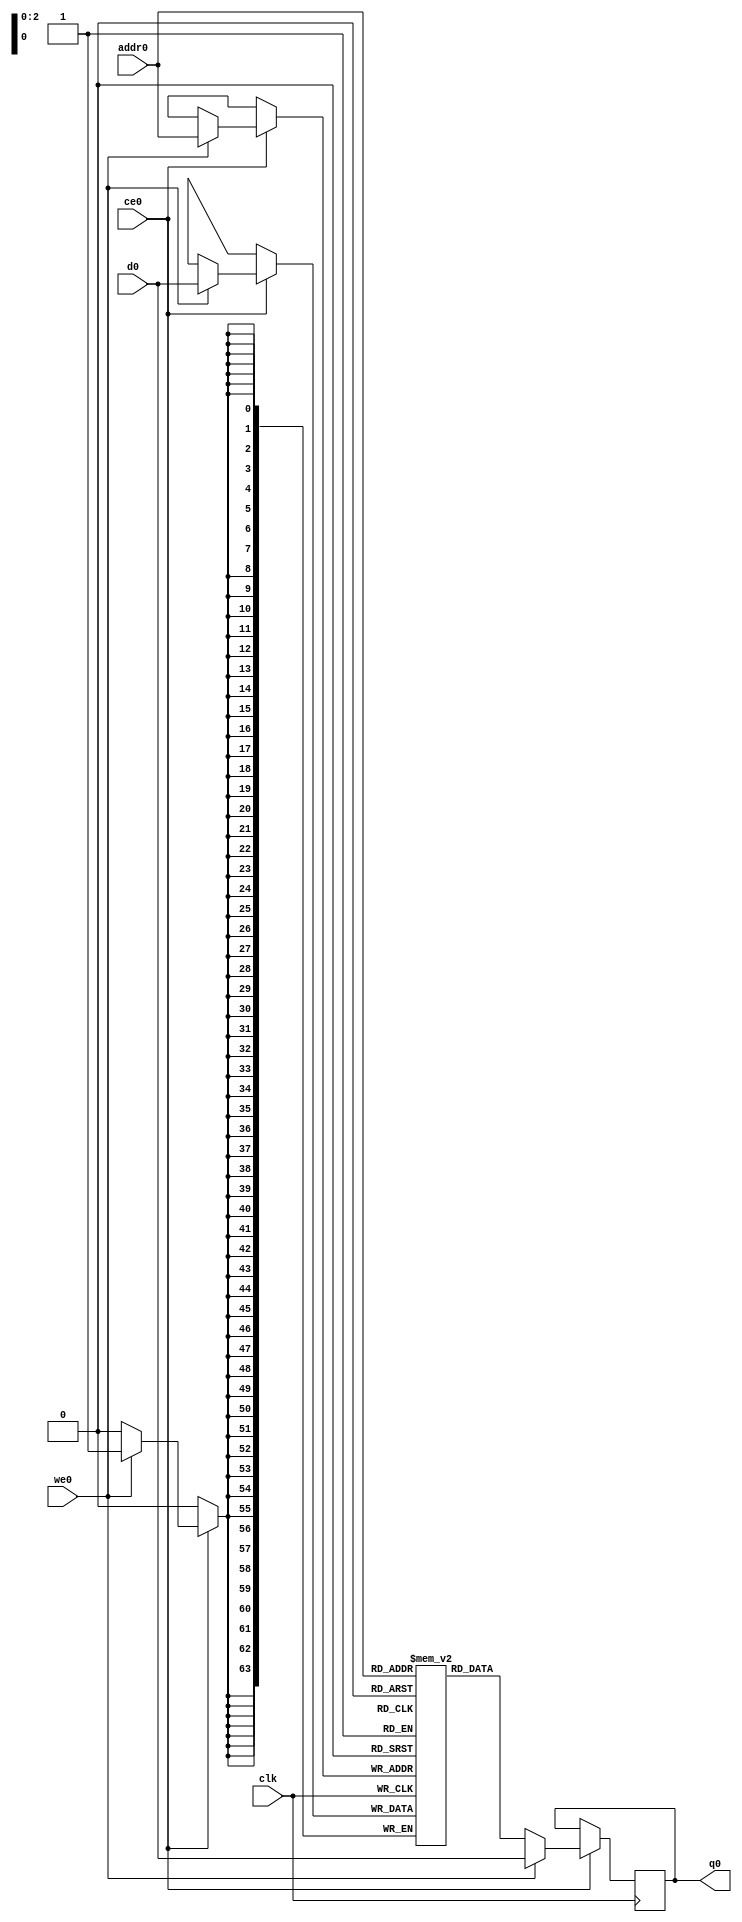
// This program was cloned from: https://github.com/zainryan/INSIDER-System
// License: MIT License

// ==============================================================
// File generated by Vivado(TM) HLS - High-Level Synthesis from C, C++ and SystemC
// Version: 2017.4.op
// Copyright (C) 1986-2018 Xilinx, Inc. All Rights Reserved.
// 
// ==============================================================

`timescale 1 ns / 1 ps
module read_mode_pcie_helper_app_app_buf_addrs_ram (addr0, ce0, d0, we0, q0,  clk);

parameter DWIDTH = 64;
parameter AWIDTH = 3;
parameter MEM_SIZE = 8;

input[AWIDTH-1:0] addr0;
input ce0;
input[DWIDTH-1:0] d0;
input we0;
output reg[DWIDTH-1:0] q0;
input clk;

(* ram_style = "distributed" *)reg [DWIDTH-1:0] ram[0:MEM_SIZE-1];




always @(posedge clk)  
begin 
    if (ce0) 
    begin
        if (we0) 
        begin 
            ram[addr0] <= d0; 
            q0 <= d0;
        end 
        else 
            q0 <= ram[addr0];
    end
end


endmodule


`timescale 1 ns / 1 ps
module read_mode_pcie_helper_app_app_buf_addrs(
    reset,
    clk,
    address0,
    ce0,
    we0,
    d0,
    q0);

parameter DataWidth = 32'd64;
parameter AddressRange = 32'd8;
parameter AddressWidth = 32'd3;
input reset;
input clk;
input[AddressWidth - 1:0] address0;
input ce0;
input we0;
input[DataWidth - 1:0] d0;
output[DataWidth - 1:0] q0;



read_mode_pcie_helper_app_app_buf_addrs_ram read_mode_pcie_helper_app_app_buf_addrs_ram_U(
    .clk( clk ),
    .addr0( address0 ),
    .ce0( ce0 ),
    .d0( d0 ),
    .we0( we0 ),
    .q0( q0 ));

endmodule